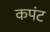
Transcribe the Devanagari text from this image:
कपंट